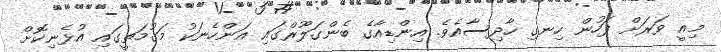
މިއީ ވަރަށް ފަހުން ހިނގި ހާދިސާއެވެ. އިންޑިއާގެ ބެންގަލޫރްގައި އަންހެނަކު މަގުމަތީގައި އުޅެނިކޮށް